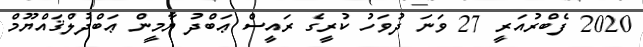
2020 ފެބްރުއަރީ 27 ވަނަ ދުވަހު ކުރީގެ ރައީސް ޢަބްދު ޔާމީން ޢަބްދުލްޤައްޔޫމް